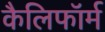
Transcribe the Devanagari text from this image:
कैलिफॉर्म